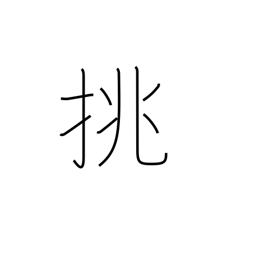
Meaning: make love to